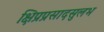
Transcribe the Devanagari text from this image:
क्षिप्रप्रसादसुलभ